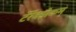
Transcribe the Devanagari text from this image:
टॅरॅक्झेकम्‌